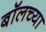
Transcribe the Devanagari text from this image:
बॉलच्या